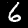
Label: 6